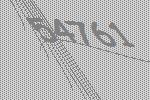
54761